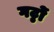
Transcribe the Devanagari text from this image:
गट्ठों